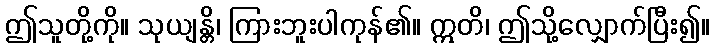
ဤသူတို့ကို။ သုယျန္တိ၊ ကြားဘူးပါကုန်၏။ ဣတိ၊ ဤသို့လျှောက်ပြီး၍။